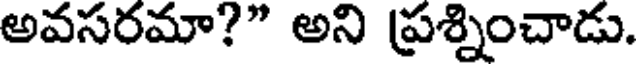
అవసరమా?" అని ప్రశ్నించాడు.